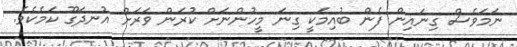
ނަމަވެސް ގިނައިން ފެން ބުއިމަކީ ގިނަ މީހުންނަށް ކުރަން ވަރަށް އުނދަގޫ ކަމެކެވެ.